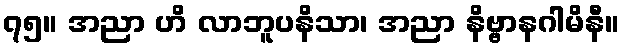
၇၅။ အညာ ဟိ လာဘူပနိသာ၊ အညာ နိဗ္ဗာနဂါမိနီ။